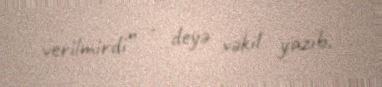
verilmirdi” - deyə vəkil yazıb.